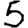
Digit: 5